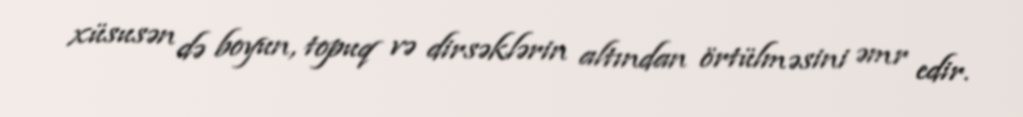
xüsusən də boyun, topuq və dirsəklərin altından örtülməsini əmr edir.